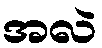
အလဲ